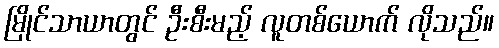
မြိုင်သာယာတွင် ဦးစီးမည့် လူတစ်ယောက် လိုသည်။